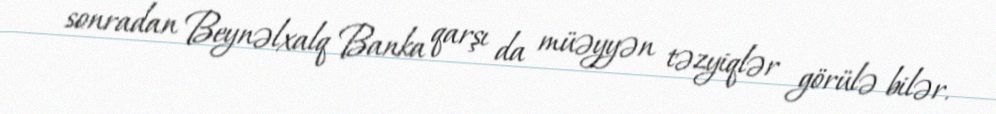
sonradan Beynəlxalq Banka qarşı da müəyyən təzyiqlər görülə bilər.